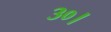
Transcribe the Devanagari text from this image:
३०।